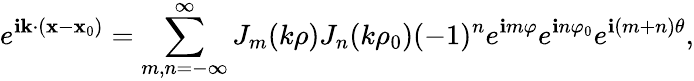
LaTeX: e^{\mathbf{i}{\mathbf{k}}\cdot({\mathbf{x}}-{\mathbf{x}_{0}})}=\sum_{m,n=-\infty}^{\infty}J_{m}(k\rho)J_{n}(k\rho_{0})(-1)^{n}e^{\mathbf{i}m\varphi}e^{\mathbf{i}n\varphi_{0}}e^{\mathbf{i}(m+n)\theta},